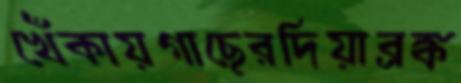
খেঁকায়গাছেরদিয়াব্রঙ্ক